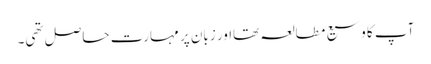
آپ کا وسیع مطالعہ تھااور زبان پر مہارت حاصل تھی۔